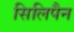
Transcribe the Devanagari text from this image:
सिलिपैन